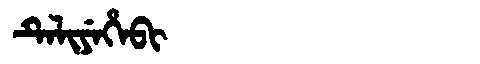
Manchu: ᡨᡝᠯᡳᠶᡝᡥᡝᠪᡳ
Romanization: TELIYEHEBI